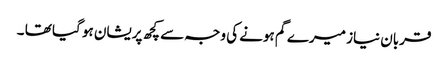
قربان نیاز میرے گم ہونے کی وجہ سے کچھ پریشان ہو گیا تھا ۔